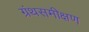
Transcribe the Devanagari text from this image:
ग्रंथसमीक्षण